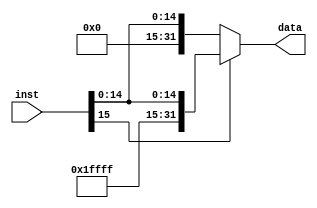
`timescale 1ns / 1ps
//////////////////////////////////////////////////////////////////////////////////
// Company: 
// Engineer: 
// 
// Design Name: 
// Module Name: signext
// Project Name: 
// Target Devices: 
// Tool Versions: 
// Description: 
// 
// Dependencies: 
// 
// Revision:
// Revision 0.01 - File Created
// Additional Comments:
// 
//////////////////////////////////////////////////////////////////////////////////


module signext(
    input [15:0] inst,
    output [31:0] data
    );
    assign data=inst[15]?{16'hffff,inst}:{16'h0000,inst};
    
endmodule